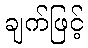
ချက်ဖြင့်